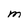
Character: M